Trukikaitis_Postimees, lk 35
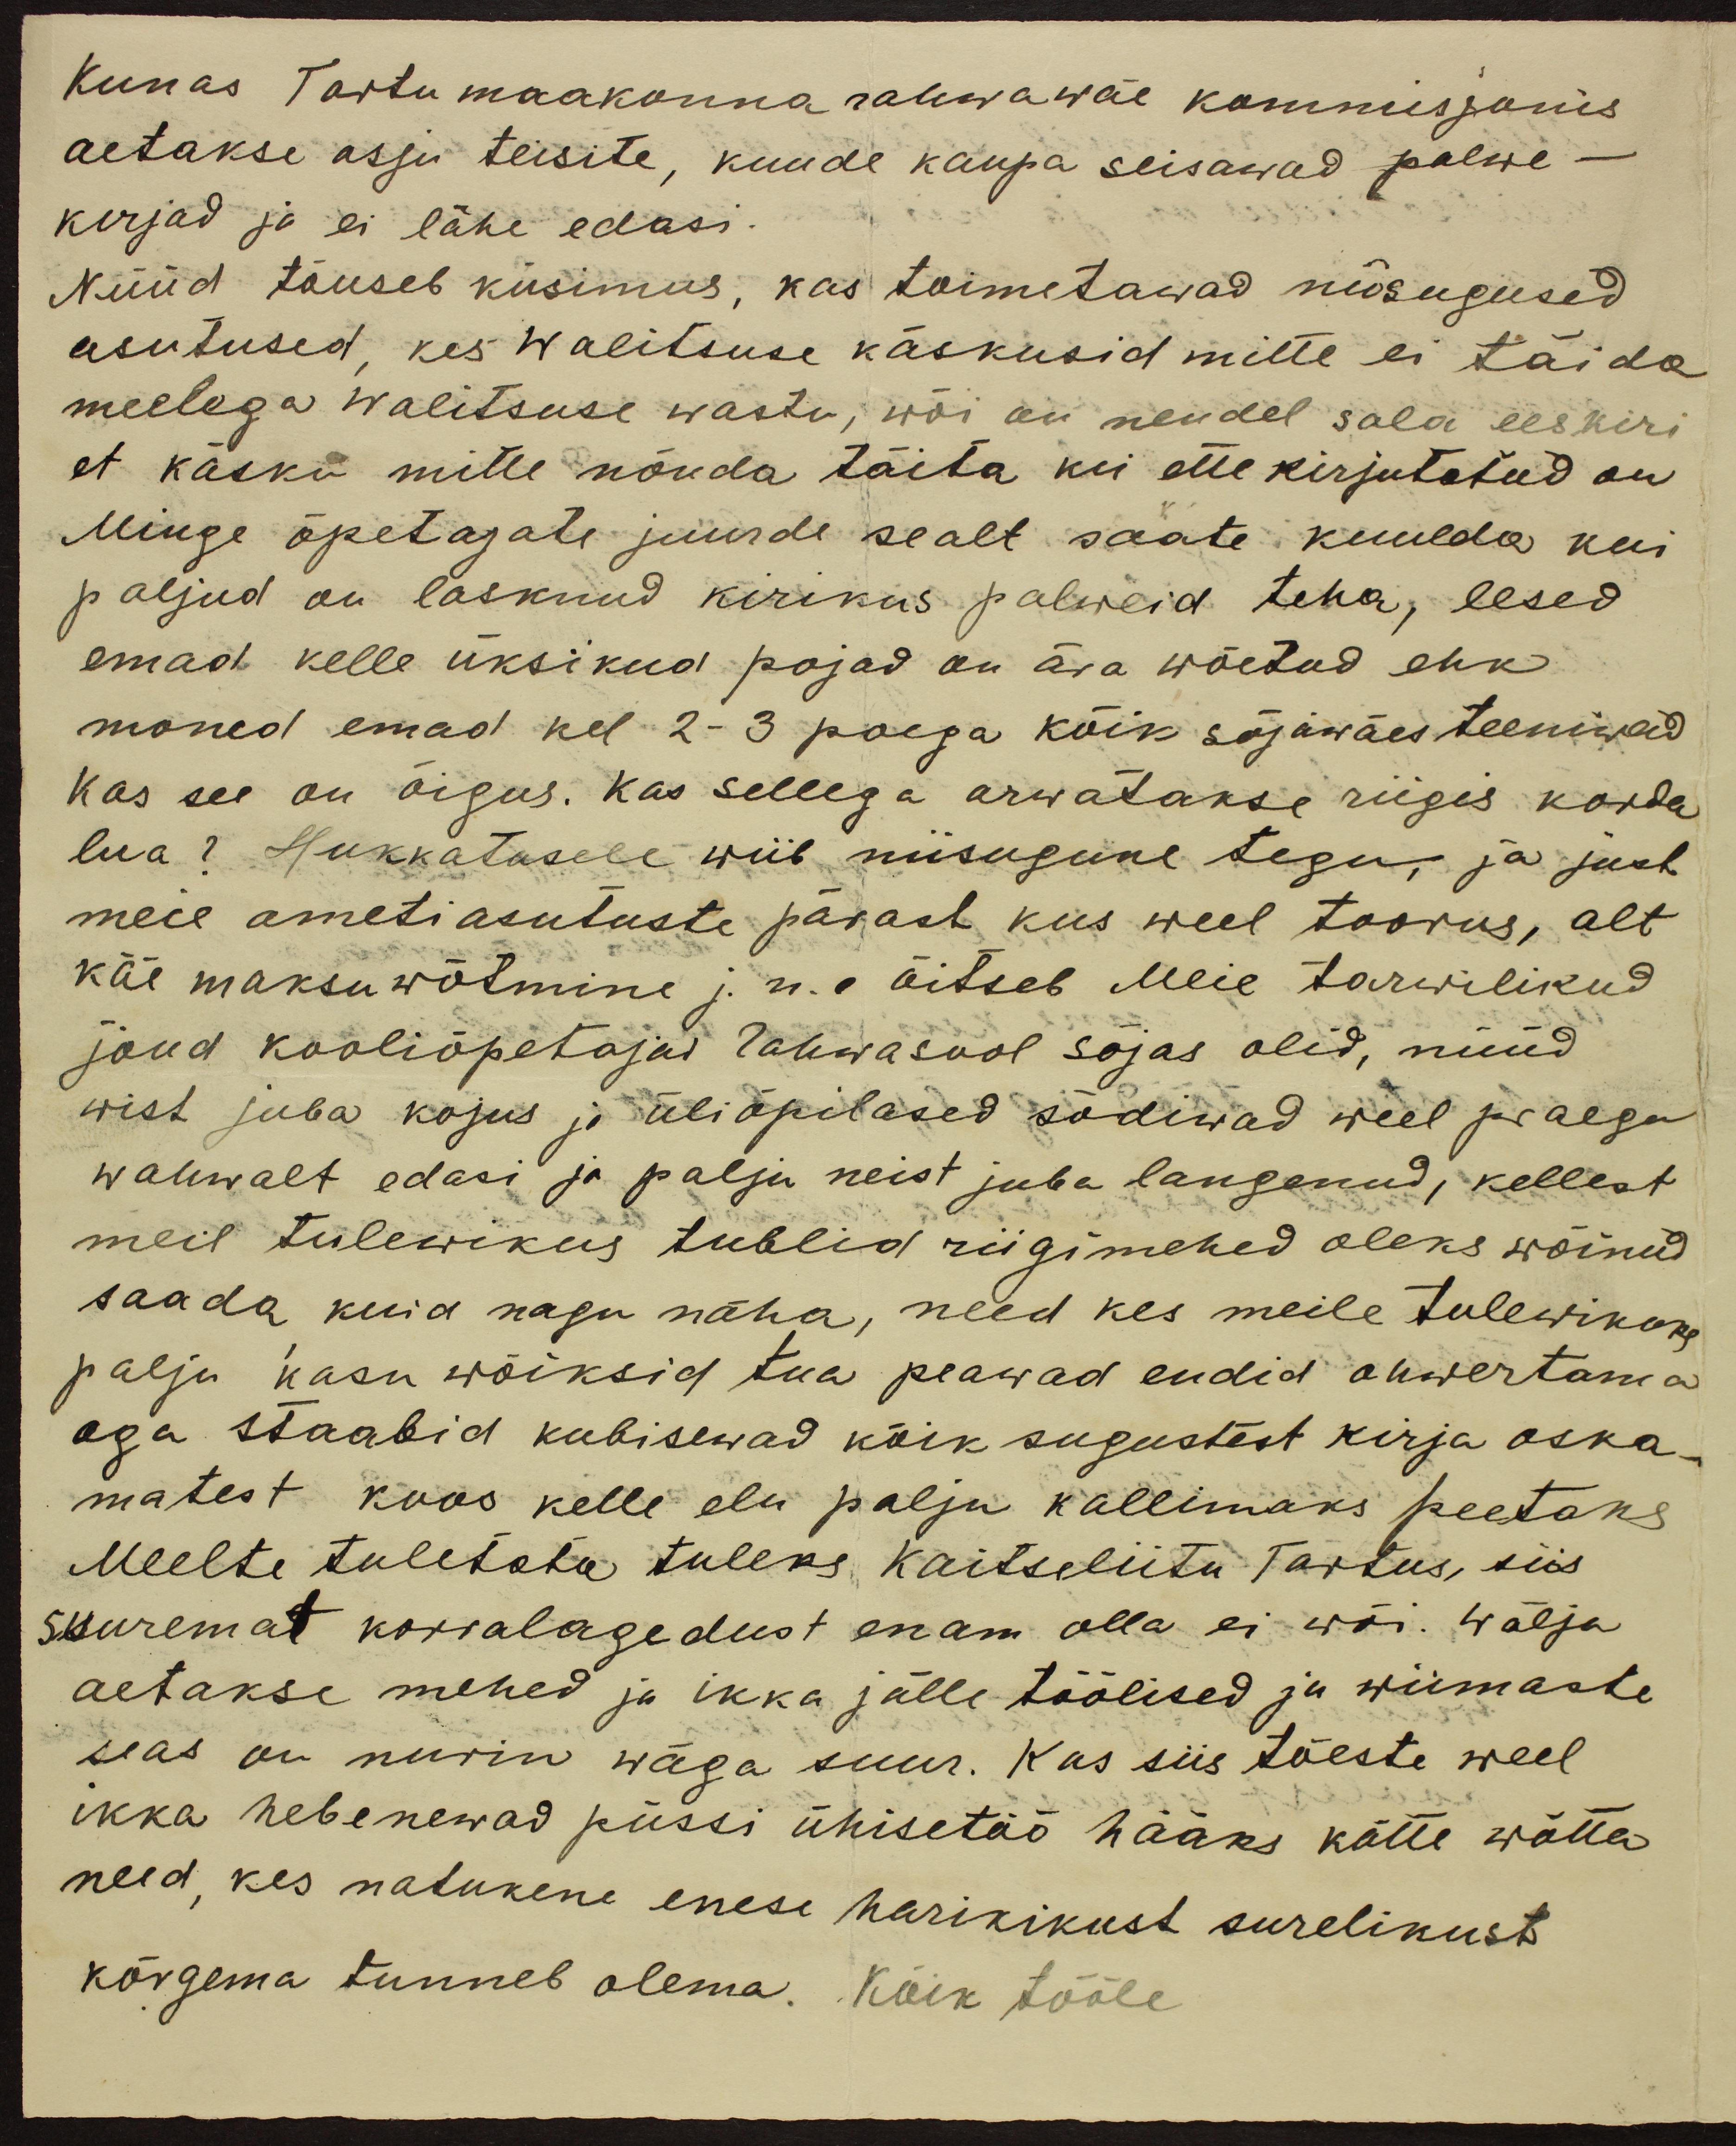
Kunas Tartu maakonna rahwawäe kommisjonis
aetakse asju teisite, kuude kaupa seisawad palwe-
kirjad ja ei lähe edasi.
Nüüd tõuseb küsimus, kas toimetawad niisugused
asutused, kes Walitsuse käskusid mitte ei täida
meelega Walitsuse wastu, wõi on nendel sala eeskiri
et käsku mitte nõuda täita kui ette kirjutatud on
Minge õpetajate juurde sealt saate kuulda kui
paljud on lasknud kirikus palweid teha, lesed
emad kelle üksikud pojad on ära wõetud ehk
mõned emad kel 2-3 poega kõik sõjawäes teeniwad
Kas see on õigus. Kas sellega arwatakse riigis korda
lua? Hukkatusele wiib niisugune tegu, ja just
meie ametiasutuste pärast kus weel toorus, alt
käe maksuwõtmine j.n.e õitseb Meie tarwilikud
jõud kooliõpetajad rahwasool sõjas olid, nüüd
wist juba kojus ja üliõpilased sõdiwad weel praegu
wahwalt edasi ja palju neist juba langenud, kellest
meil tulewikus tublid riigimehed oleks wõinud
saada kuid nagu näha, need kes meile tulewikuse
palju kasu wõiksid tua peawad endid ohwertama
aga staabid kubisewad kõik sugustest kirja oska-
matest koos kelle elu palju kallimaks peetaks
Meelte tuletata tuleks Kaitseliitu Tartus, siis
suuremat korralagedust enam olla ei wõi. Wälja
aetakse mehed ja ikka jälle töölised ja wiimaste
seas on nurin wäga suur. Kas siis tõeste weel
ikka hebenewad püssi ühisetöö hääks kätte wõtta
need, kes natukene enese harikikust surelikust
kõrgema tunneb olema. Kõik tööle